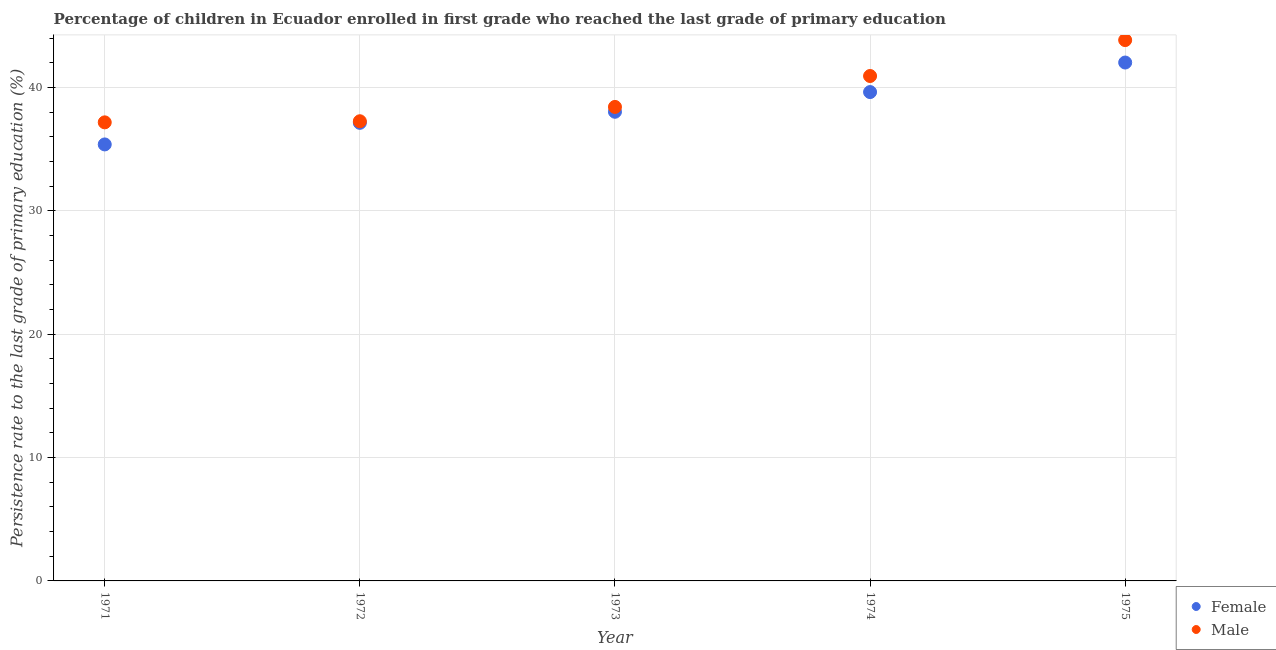
| Year | Female | Male |
 | --- | --- | --- |
 | 1971 | 35.4 | 37.2 |
 | 1972 | 37.1 | 37.3 |
 | 1973 | 38 | 38.4 |
 | 1974 | 39.6 | 40.9 |
 | 1975 | 42 | 43.8 |